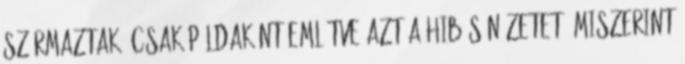
származtak. Csak példaként említve azt a hibás nézetet, miszerint